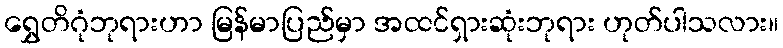
ရွှေတိဂုံဘုရားဟာ မြန်မာပြည်မှာ အထင်ရှားဆုံးဘုရား ဟုတ်ပါသလား။